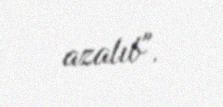
azalıb".